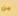
من